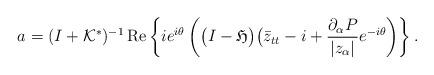
LaTeX: \begin{align*}a =(I+\mathcal{K}^*)^{-1}\operatorname{Re}\left\{ie^{i\theta}\left( \bigl(I-\mathfrak{H}\bigr)\bigl(\bar{z}_{tt}-i+\frac {\partial_\alpha P}{|z_\alpha|} e^{-i\theta}\right)\right\}.\end{align*}